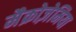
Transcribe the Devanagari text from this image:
मैक्रोज़ेमिया